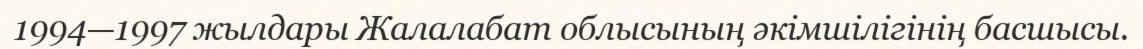
1994—1997 жылдары Жалалабат облысының әкімшілігінің басшысы.